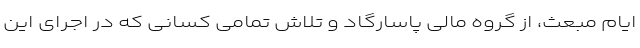
ایام مبعث، از گروه مالی پاسارگاد و تلاش تمامی کسانی که در اجرای این